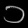
Digit: ၁